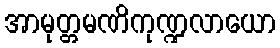
အာမုတ္တမဏိကုဏ္ဍလာယော